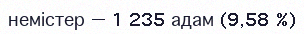
немістер — 1 235 адам (9,58 %)